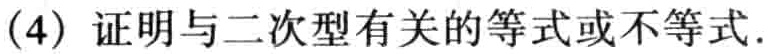
(4) 证明与二次型有关的等式或不等式.